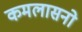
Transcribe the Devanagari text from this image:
कमलासनो